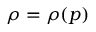
\rho = \rho { } ( p )